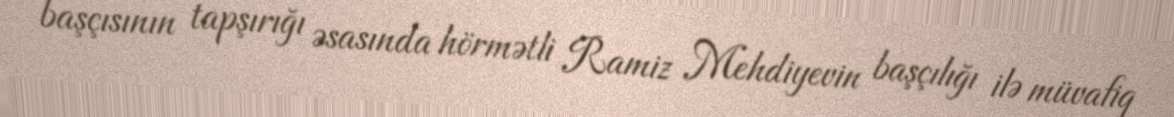
başçısının tapşırığı əsasında hörmətli Ramiz Mehdiyevin başçılığı ilə müvafiq